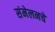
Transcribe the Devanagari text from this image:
संमेलनचे